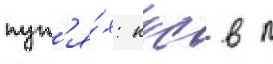
пут'я́х: ккс в п